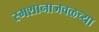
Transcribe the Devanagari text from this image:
स्मशानाजवळच्या